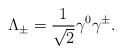
LaTeX: \begin{align*}\Lambda_{\pm}=\frac{1}{\sqrt{2}}\gamma^{0}\gamma^{\pm}.\end{align*}